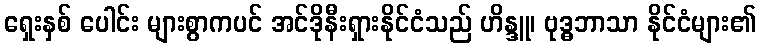
ရှေးနှစ် ပေါင်း များစွာကပင် အင်ဒိုနီးရှားနိုင်ငံသည် ဟိန္ဒူ၊ ဗုဒ္ဓဘာသာ နိုင်ငံများ၏